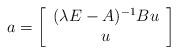
LaTeX: \begin{align*} a = \left[\begin{array}{c} (\lambda E -A)^{-1}B u \\ u \end{array}\right]\end{align*}